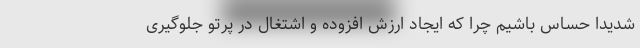
شدیداً حساس باشیم چرا که ایجاد ارزش افزوده و اشتغال در پرتو جلوگیری